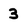
Character: 3